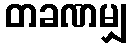
တခဏမျှ